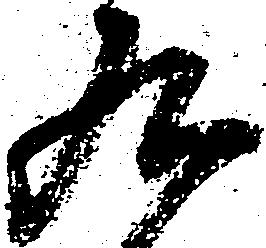
九